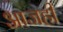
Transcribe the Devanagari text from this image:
अाजही